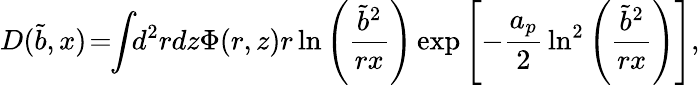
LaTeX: D(\tilde{b},x)\! =\! \! \int\! \! d^{2}rdz\Phi(r,z)r\ln\left({\frac{\tilde{b}^{2}}{rx}}\right)\exp\left[-{\frac{a_{p}}{2}}\ln^{2}\left({\frac{\tilde{b}^{2}}{rx}}\right)\right],